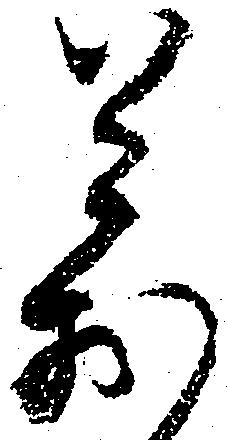
万